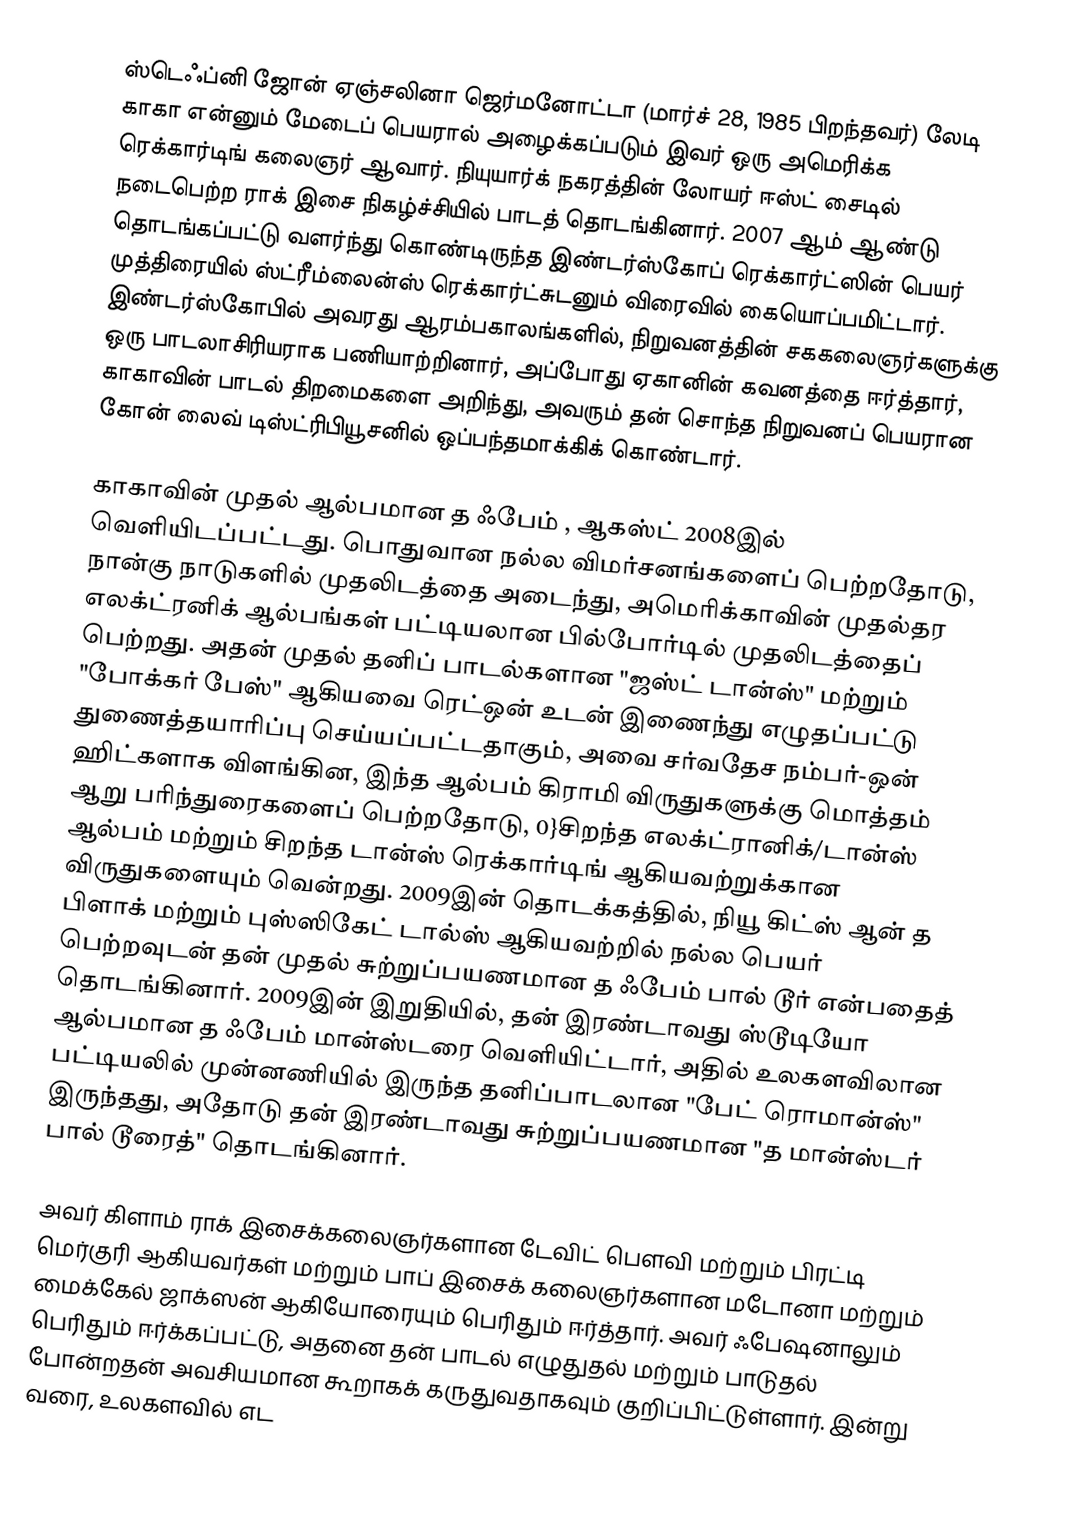
ஸ்டெஃப்னி ஜோன் ஏஞ்சலினா ஜெர்மனோட்டா (மார்ச் 28, 1985 பிறந்தவர்) லேடி காகா என்னும் மேடைப் பெயரால் அழைக்கப்படும் இவர் ஒரு அமெரிக்க ரெக்கார்டிங் கலைஞர் ஆவார். நியுயார்க் நகரத்தின் லோயர் ஈஸ்ட் சைடில் நடைபெற்ற ராக் இசை நிகழ்ச்சியில் பாடத் தொடங்கினார். 2007 ஆம் ஆண்டு தொடங்கப்பட்டு வளர்ந்து கொண்டிருந்த இண்டர்ஸ்கோப் ரெக்கார்ட்ஸின் பெயர் முத்திரையில் ஸ்ட்ரீம்லைன்ஸ் ரெக்கார்ட்சுடனும் விரைவில் கையொப்பமிட்டார். இண்டர்ஸ்கோபில் அவரது ஆரம்பகாலங்களில், நிறுவனத்தின் சககலைஞர்களுக்கு ஒரு பாடலாசிரியராக பணியாற்றினார், அப்போது ஏகானின் கவனத்தை ஈர்த்தார், காகாவின் பாடல் திறமைகளை அறிந்து, அவரும் தன் சொந்த நிறுவனப் பெயரான கோன் லைவ் டிஸ்ட்ரிபியூசனில் ஒப்பந்தமாக்கிக் கொண்டார்.

காகாவின் முதல் ஆல்பமான த ஃபேம் , ஆகஸ்ட் 2008இல் வெளியிடப்பட்டது. பொதுவான நல்ல விமர்சனங்களைப் பெற்றதோடு, நான்கு நாடுகளில் முதலிடத்தை அடைந்து, அமெரிக்காவின் முதல்தர எலக்ட்ரனிக் ஆல்பங்கள் பட்டியலான பில்போர்டில் முதலிடத்தைப் பெற்றது. அதன் முதல் தனிப் பாடல்களான "ஜஸ்ட் டான்ஸ்" மற்றும் "போக்கர் பேஸ்" ஆகியவை ரெட்ஒன் உடன் இணைந்து எழுதப்பட்டு துணைத்தயாரிப்பு செய்யப்பட்டதாகும், அவை சர்வதேச நம்பர்-ஒன் ஹிட்களாக விளங்கின, இந்த ஆல்பம் கிராமி விருதுகளுக்கு மொத்தம் ஆறு பரிந்துரைகளைப் பெற்றதோடு, 0}சிறந்த எலக்ட்ரானிக்/டான்ஸ் ஆல்பம் மற்றும் சிறந்த டான்ஸ் ரெக்கார்டிங் ஆகியவற்றுக்கான விருதுகளையும் வென்றது. 2009இன் தொடக்கத்தில், நியூ கிட்ஸ் ஆன் த பிளாக் மற்றும் புஸ்ஸிகேட் டால்ஸ் ஆகியவற்றில் நல்ல பெயர் பெற்றவுடன் தன் முதல் சுற்றுப்பயணமான த ஃபேம் பால் டூர் என்பதைத் தொடங்கினார். 2009இன் இறுதியில், தன் இரண்டாவது ஸ்டூடியோ ஆல்பமான த ஃபேம் மான்ஸ்டரை வெளியிட்டார், அதில் உலகளவிலான பட்டியலில் முன்னணியில் இருந்த தனிப்பாடலான "பேட் ரொமான்ஸ்" இருந்தது, அதோடு தன் இரண்டாவது சுற்றுப்பயணமான "த மான்ஸ்டர் பால் டூரைத்" தொடங்கினார்.

அவர் கிளாம் ராக் இசைக்கலைஞர்களான டேவிட் பௌவி மற்றும் பிரட்டி மெர்குரி ஆகியவர்கள் மற்றும் பாப் இசைக் கலைஞர்களான மடோனா மற்றும் மைக்கேல் ஜாக்ஸன் ஆகியோரையும் பெரிதும் ஈர்த்தார். அவர் ஃபேஷனாலும் பெரிதும் ஈர்க்கப்பட்டு, அதனை தன் பாடல் எழுதுதல் மற்றும் பாடுதல் போன்றதன் அவசியமான கூறாகக் கருதுவதாகவும் குறிப்பிட்டுள்ளார். இன்று வரை, உலகளவில் எட